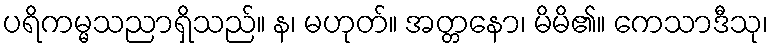
ပရိကမ္မသညာရှိသည်။ န၊ မဟုတ်။ အတ္တနော၊ မိမိ၏။ ကေသာဒီသု၊